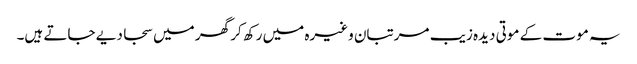
یہ موت کے موتی دیدہ زیب مرتبان وغیرہ میں رکھ کر گھر میں سجا دیے جاتے ہیں۔